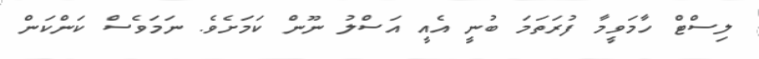
ލިސްޓް ހާމަވީމާ ފުރަތަމަ ބުނީ އެއީ އަސްލު ނޫން ކަމަށެވެ. ނަމަވެސް ކަންކަން